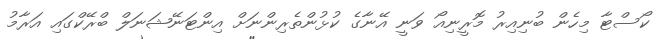
ކޯސްޓާ މިހެން ބުނިއިރު މޮރީނިއޯ ވަނީ އޭނާގެ ކުޅުންތެރިންނަށް އިންޓަނޭޝަނަލް ބްރޭކްގައި އަރާމު